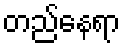
တည်နေရာ